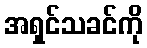
အရှင်သခင်ကို